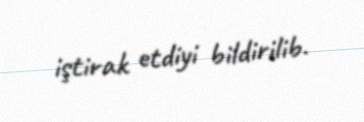
iştirak etdiyi bildirilib.